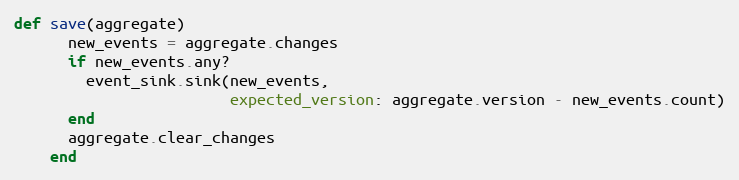
Language: Ruby
def save(aggregate)
      new_events = aggregate.changes
      if new_events.any?
        event_sink.sink(new_events,
                        expected_version: aggregate.version - new_events.count)
      end
      aggregate.clear_changes
    end